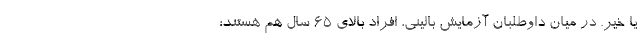
یا خیر. در میان داوطلبان آزمایش بالینی، افراد بالای ۶۵ سال هم هستند؛